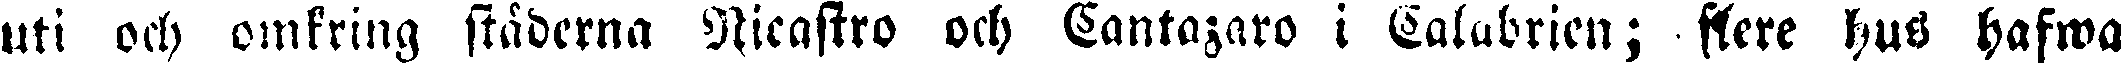
uti och omkring städerna Nicastro och Cantazaro i Calabrien; flere hus hafwa